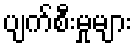
ပျက်စီးမှုများ